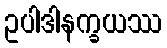
ဥပါဒါနက္ခယဿ